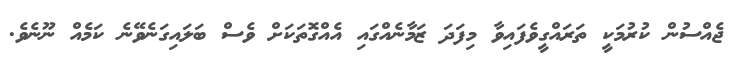
ޖެއްސުން ކުރުމަކީ ތަރައްގީވެފައިވާ މިފަދަ ޒަމާނެއްގައި އެއްގޮތަކަށް ވެސް ބަލައިގަނެވޭނެ ކަމެއް ނޫނެވެ.